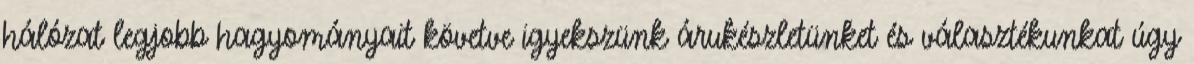
hálózat legjobb hagyományait követve igyekszünk árukészletünket és választékunkat úgy